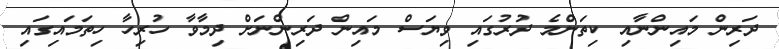
ދަރިން މަައިންނާއި ކިތަންމެ ދުރުގައި ވިޔަސްް މައިން ދަރިންނަށް ދިމާވާ ހުރިހާ ހިތަމައިގައި